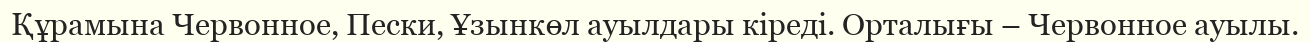
Құрамына Червонное, Пески, Ұзынкөл ауылдары кіреді. Орталығы – Червонное ауылы.